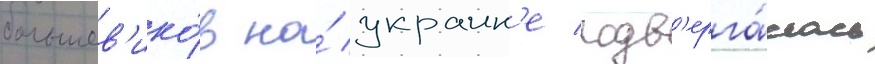
большев'ико́в на́ украин'е подв'ерга́лась